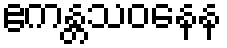
ဧကန္တသဝနေန